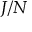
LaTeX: { \mathbf { } } J / N